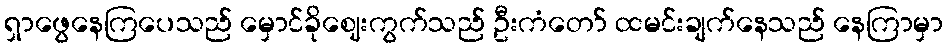
ရှာဖွေနေကြပေသည် မှောင်ခိုဈေးကွက်သည် ဦးကံတော် ထမင်းချက်နေသည် နေကြာမှာ